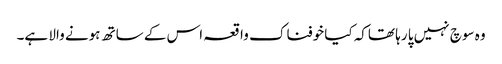
وہ سوچ نہیں پا رہا تھاکہ کیا خوفناک واقعہ اس کے ساتھ ہونے والا ہے۔